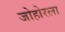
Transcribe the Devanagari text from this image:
जोहोरला